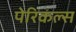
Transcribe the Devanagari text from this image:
पेरिकल्स